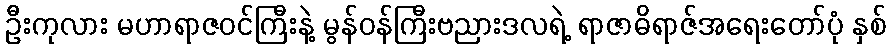
ဦးကုလား မဟာရာဇဝင်ကြီးနဲ့ မွန်ဝန်ကြီးဗညားဒလရဲ့ ရာဇာဓိရာဇ်အရေးတော်ပုံ နှစ်